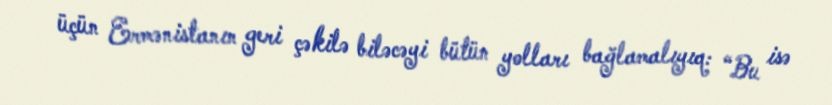
üçün Ermənistanın geri çəkilə biləcəyi bütün yolları bağlamalıyıq: “Bu isə